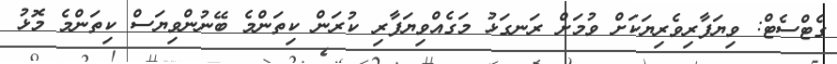
ގެޓްސެޓް: ވިޔަފާރިވެރިޔަކަށް ވުމަށް ރަނގަޅު މަގެއްވިޔަފާރި ކުރަން ކިތަންމެ ބޭނުންވިޔަސް ކިތަންމެ މޮޅު